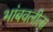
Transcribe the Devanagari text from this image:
भांबवलीला